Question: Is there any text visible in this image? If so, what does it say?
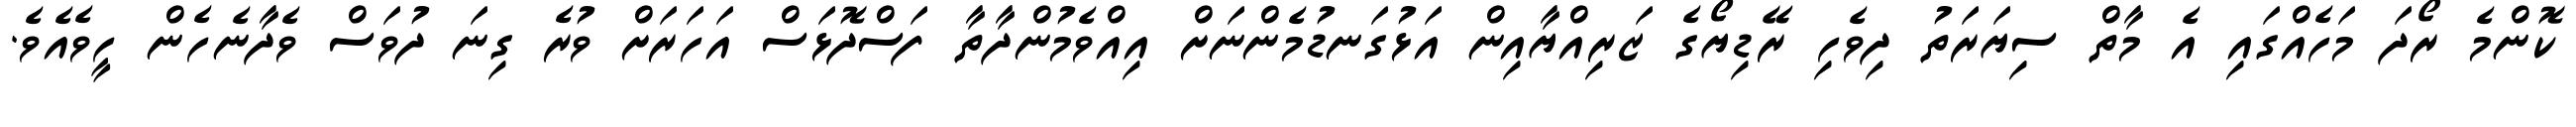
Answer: ކޮންމެ ރޯދަ މަހެއްގައި އެ މާތް ސިޔަރަތު ދިވެހި ރޭޑިޔޯގެ ޒަރިއްޔާއިން އަޅުގަނޑުމެންނަށް އިއްވެމުންދާތާ ފަސްދޮޅަސް އަހަރަށް ވުރެ ގިނަ ދުވަސް ވެދާނެހެން ހީވެއެވެ.